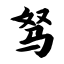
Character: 驽